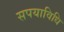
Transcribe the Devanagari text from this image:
सपयाविधि